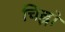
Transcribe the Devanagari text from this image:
चिह्नो